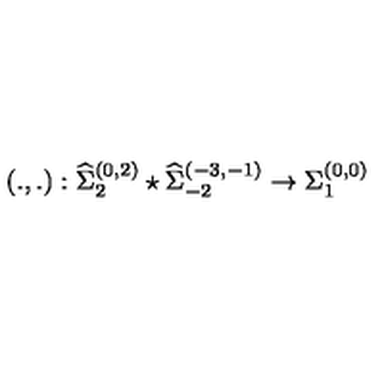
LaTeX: \left( . , . \right) : { \widehat \Sigma } _ { 2 } ^ { ( 0 , 2 ) } \star { \widehat \Sigma } _ { - 2 } ^ { ( - 3 , - 1 ) } \rightarrow { \Sigma } _ { 1 } ^ { ( 0 , 0 ) }